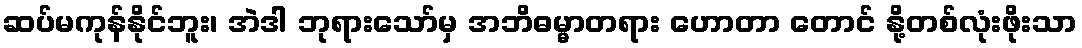
ဆပ်မကုန်နိုင်ဘူး၊ အဲဒါ ဘုရားသော်မှ အဘိဓမ္မာတရား ဟောတာ တောင် နို့တစ်လုံးဖိုးသာ